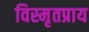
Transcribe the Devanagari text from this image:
विस्मृतप्राय